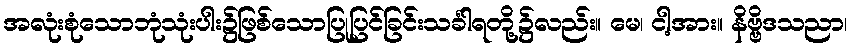
အလုံးစုံသောဘုံသုံးပါး၌ဖြစ်သောပြုပြင်ခြင်းသင်္ခါရတို့၌လည်း။ မေ၊ ငါ့အား။ နိဗ္ဗိဒသညာ၊